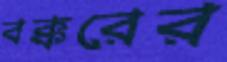
বক্করের